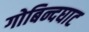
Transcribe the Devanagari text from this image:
गोबिन्दघाट